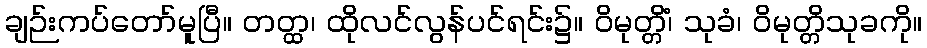
ချဉ်းကပ်တော်မူပြီ။ တတ္ထ၊ ထိုလင်လွန်ပင်ရင်း၌။ ဝိမုတ္တိံ၊ သုခံ၊ ဝိမုတ္တိသုခကို။